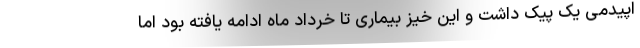
اپیدمی یک پیک داشت و این خیز بیماری تا خرداد ماه ادامه یافته بود اما